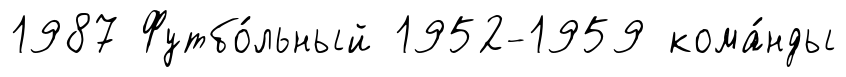
1987 Футбо́льный 1952-1959 кома́нды